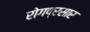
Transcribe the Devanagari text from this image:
रोगप्रसार